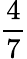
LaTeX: \frac{4}{7}